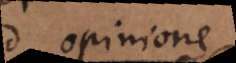
ex opinione